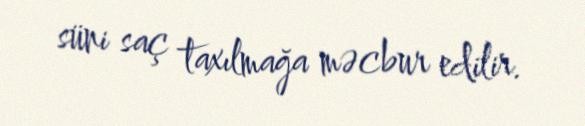
süni saç taxılmağa məcbur edilir.